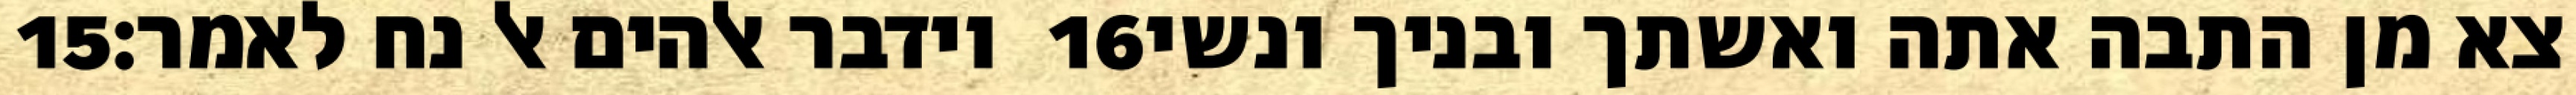
‎15‏ וידבר אלהים אל נח לאמר׃ ‎16‏ צא מן התבה אתה ואשתך ובניך ונשי